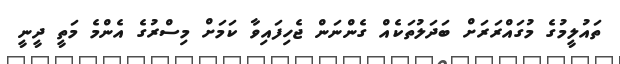
ތައުލީމުގެ މުގައްރަރަށް ބަދަލުތަކެއް ގެންނަން ޖެހިފައިވާ ކަމަށް މިސްރުގެ އެންމެ މަތީ ދީނީ